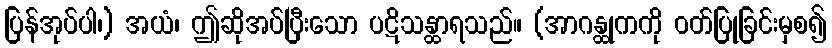
ပြန်အုပ်ပါ၊) အယံ၊ ဤဆိုအပ်ပြီးသော ပဋိသန္ထာရသည်။ (အာဂန္ထုကကို ဝတ်ပြုခြင်းမှစ၍